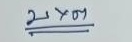
บ x ต